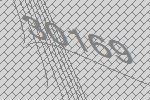
30169